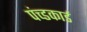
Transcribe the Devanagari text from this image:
पंच्डकार्ड